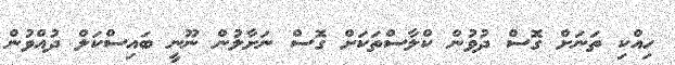
ހިއްކި ތަނަށް ގޮސް ދުވުން ކްލާސްތަކަށް ގޮސް ނަށާލުން ނޫނީ ބައިސްކަލް ދުއްވުން